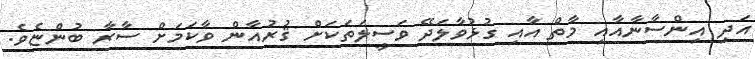
އަދި އިންސާނާއާއި މާތް އާއި ގުޅުވާލަދޭ ވަސީލަތަކަށް ޤުރުއާން ވާކަމަށް ސާރާ ބުންޏެވެ.